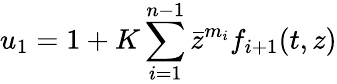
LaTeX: u_{1}=1+K\sum_{i=1}^{n-1}\bar{z}^{m_{i}}f_{i+1}(t,z)